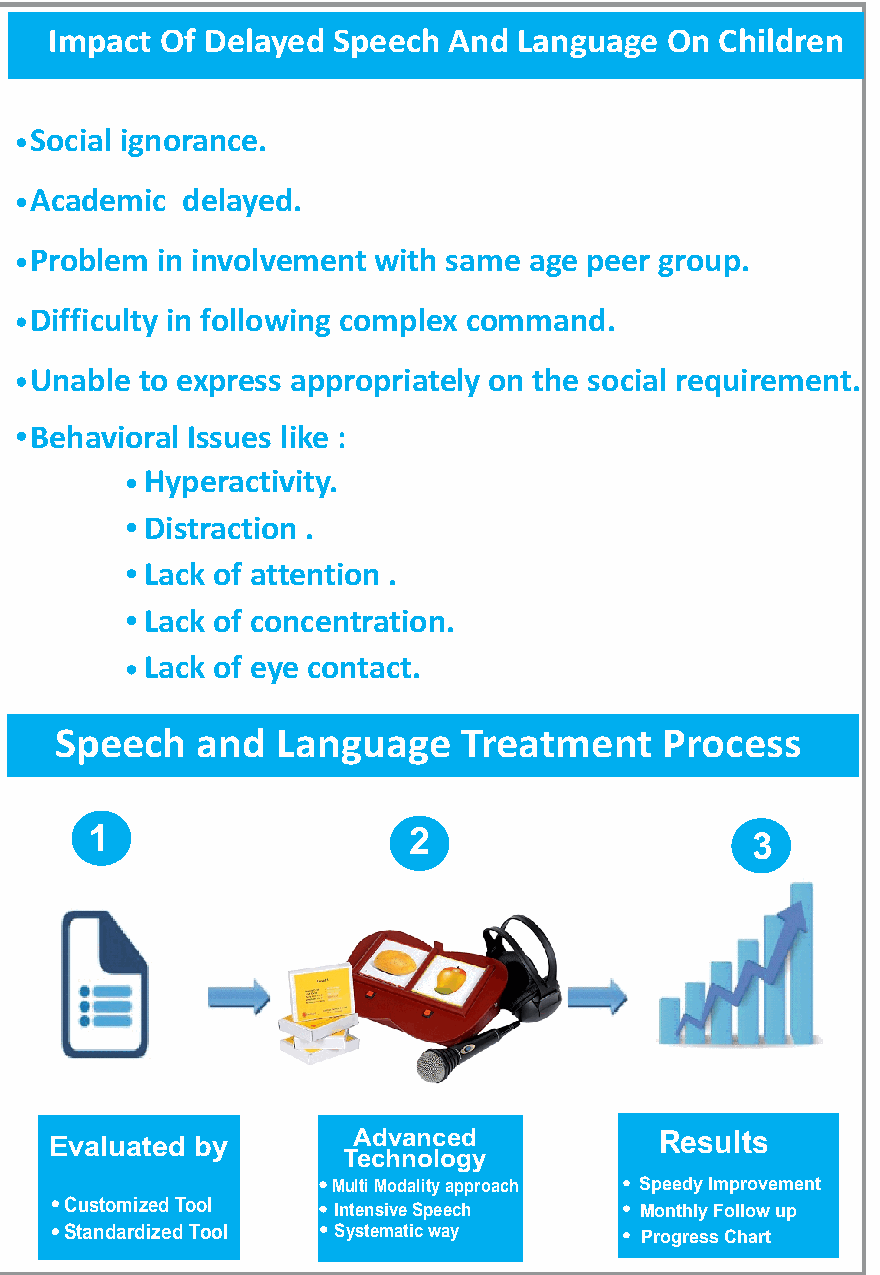
Impact  Of IDmeplaaycetd oSfp eSetcahm Amnde rLianngguage On Children
 Social ignorance.
 Academic  delayed.
 Problem in involvement with same age peer group.
 Difficulty in following complex command.
 Unable to express appropriately on the social requirement.
 Behavioral Issues like :
 Hyperactivity.
 Distraction .
 Lack of attention .
 Lack of concentration.
 Lack of eye contact.
 Speech   and  Language     Treatment    Process
 1                    2                     13
 Advanced             Results
 Evaluated by
 Technology
 Multi Modality approach Speedy Improvement
 Customized Tool   Intensive Speech    Monthly Follow up
 Standardized Tool Systematic way      Progress Chart